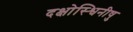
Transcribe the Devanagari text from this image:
दक्षोस्श्विनीषु